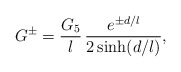
\begin{align*}G^\pm=\frac{G_5}l\, \frac{e^{\pm d/l}}{2\sinh(d/l)}, \end{align*}